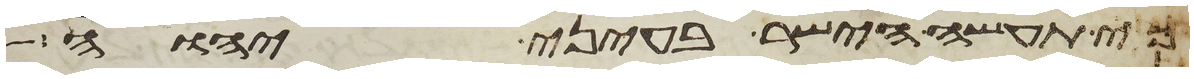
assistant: כי תעשה הישר בעיני יהוה